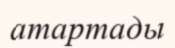
атартады